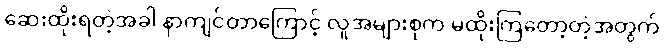
ဆေးထိုးရတဲ့အခါ နာကျင်တာကြောင့် လူအများစုက မထိုးကြတော့တဲ့အတွက်